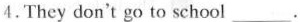
4.They don't go to school ___.